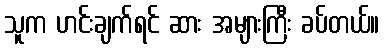
သူက ဟင်းချက်ရင် ဆား အများကြီး ခပ်တယ်။